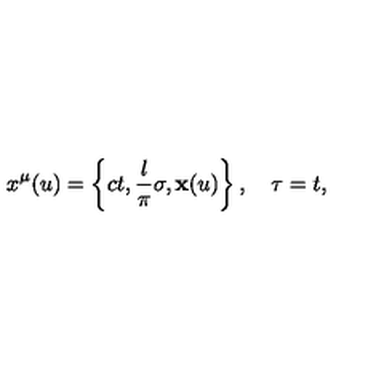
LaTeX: x ^ { \mu } ( u ) = \left\{ c t , \frac { l } { \pi } \sigma , { \bf x } ( u ) \right\} , \quad \tau = t ,